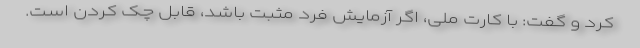
کرد و گفت: با کارت ملی، اگر آزمایش فرد مثبت باشد، قابل چک کردن است.